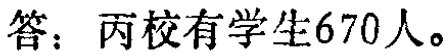
答：丙校有学生670人。